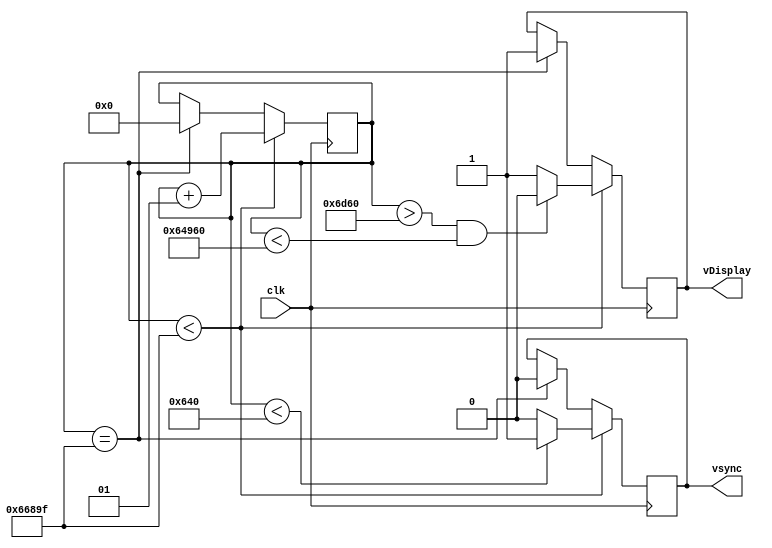
module Vsync (clk, vDisplay, vsync);
input clk;
output reg vDisplay, vsync;
parameter V_SYNCPULSE=2, V_BPORCH=33, V_DISPLAY=480, V_FPORCH=10, V_SYNC=525;
parameter H_SYNC=800;
integer i;
initial i=0;

always @(posedge(clk)) begin
//Determination of vsync signal
    if(i<((V_SYNC * H_SYNC)-1)) begin
        if(i<(V_SYNCPULSE * H_SYNC))begin
            vsync=1; //ver si mandar asi o si mandar 1'b1;
        end
        else begin
            vsync=0;
        end
        //////
        if((i>((V_SYNCPULSE+V_BPORCH)*H_SYNC))&&(i<((V_SYNCPULSE+V_BPORCH+V_DISPLAY)*H_SYNC)))begin
            vDisplay=0; //significa que estoy en zona display
        end
        else begin
            vDisplay=1;     //significa que no estoy en zona display
        end
        //////
        i=i+1;
    end
    else if (i==((V_SYNC * H_SYNC)-1)) begin
    //$display ("hola");
        vsync=0;
        vDisplay=1;  
        i=0;
    end
end

endmodule